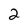
Character: 2